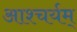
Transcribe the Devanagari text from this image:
आश्चर्यम्